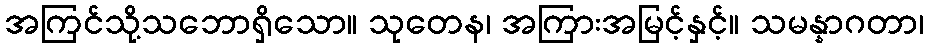
အကြင်သို့သဘောရှိသော။ သုတေန၊ အကြားအမြင့်နှင့်။ သမန္နာဂတာ၊